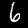
Digit: 6